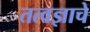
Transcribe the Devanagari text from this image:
तत्वज्ञाचे